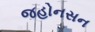
જહોનસન